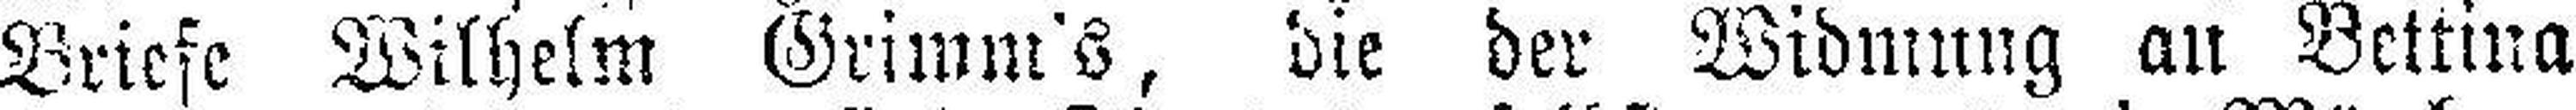
Briefe Wilhelm Grimm's, die der Widmung an Bettina